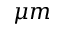
\mu m